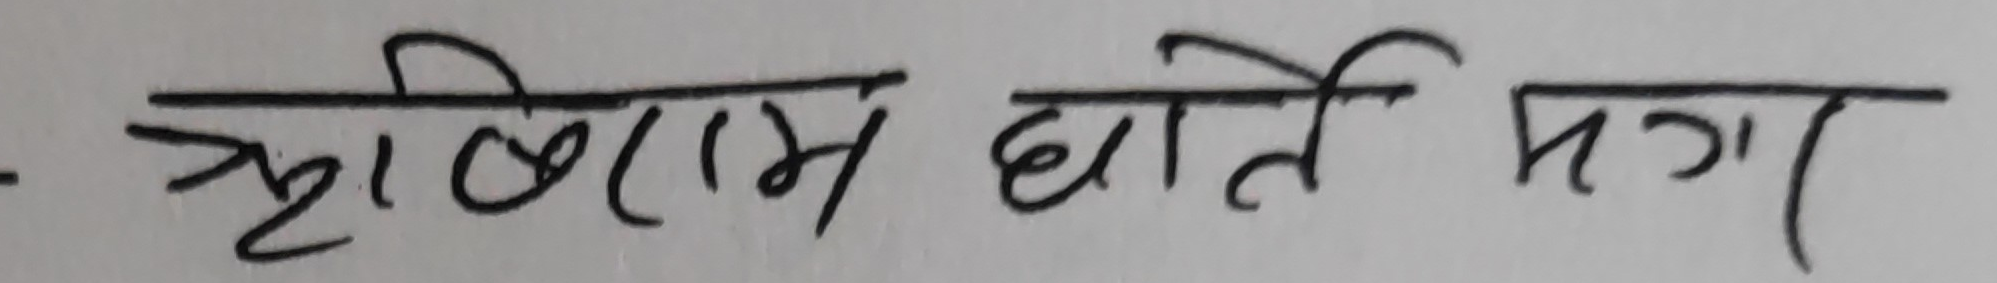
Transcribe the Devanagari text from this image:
कृतिराम घाटे मगर